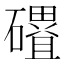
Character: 𮁓